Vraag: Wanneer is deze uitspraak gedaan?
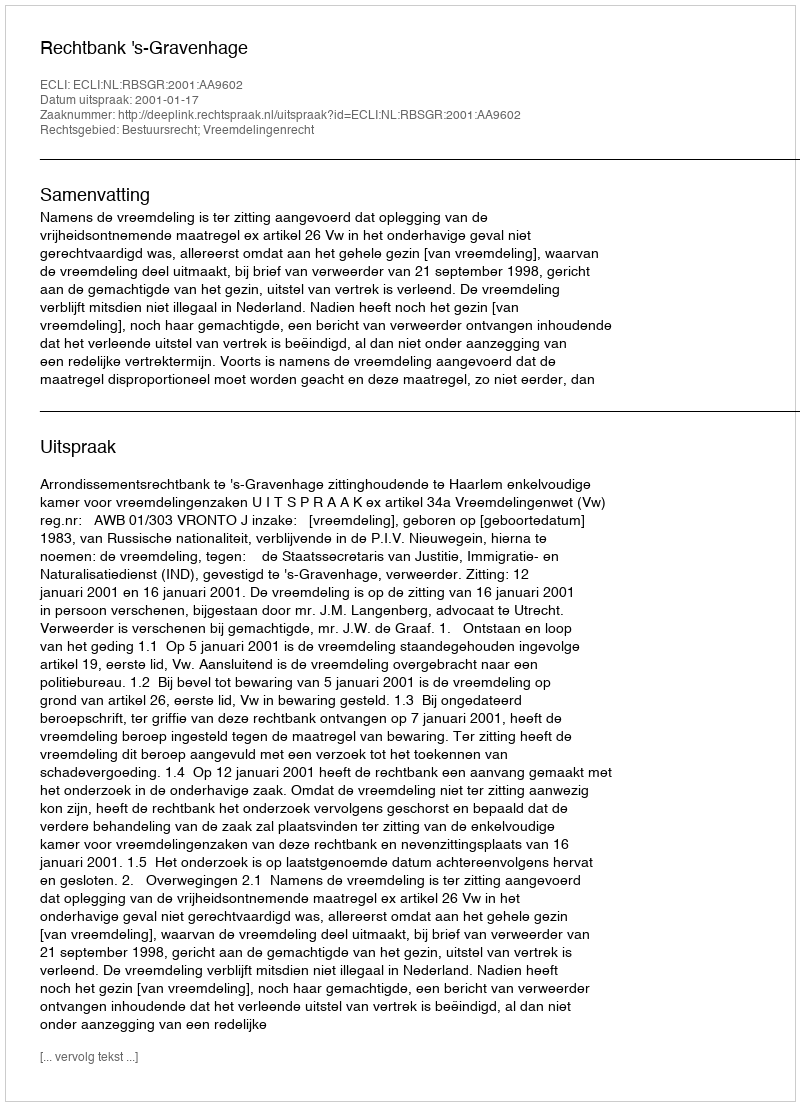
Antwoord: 2001-01-17